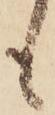
も